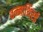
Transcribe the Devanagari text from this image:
वन्नाथिरई